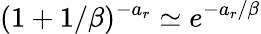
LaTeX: (1+1/\beta)^{-a_{r}}\simeq e^{-a_{r}/\beta}